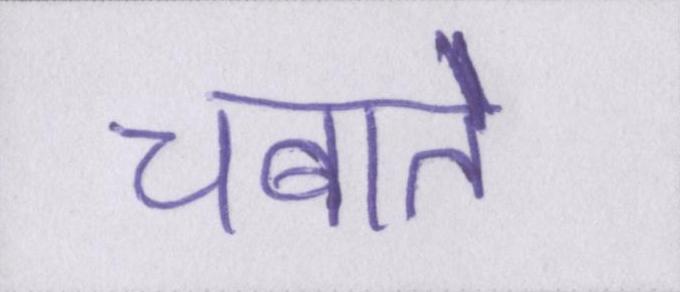
चबाते